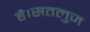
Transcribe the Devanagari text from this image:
है।सतलुज